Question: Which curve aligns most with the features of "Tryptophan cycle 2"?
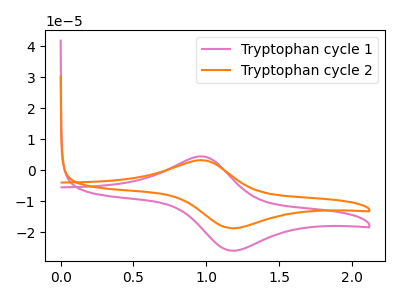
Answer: <think>The pink curve "Tryptophan cycle 1" has an anodic peak at (0.95V, 4.45uA) and a cathodic peak at (1.20V, -26.00uA). The orange curve "Tryptophan cycle 2" has an anodic peak at (0.95V, 3.20uA) and a cathodic peak at (1.20V, -18.75uA).
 All the peaks in "Tryptophan cycle 1" have a peak in "Tryptophan cycle 2" at the same potential. Every peak in "Tryptophan cycle 1" is higher than every peak in "Tryptophan cycle 2".</think>
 <answer>The CV with the most similar shape to "Tryptophan cycle 1" is "Tryptophan cycle 2".</answer>
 <eval>"Tryptophan cycle 2"</eval>